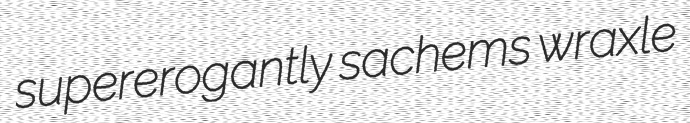
supererogantly sachems wraxle